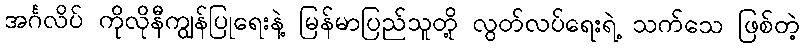
အင်္ဂလိပ် ကိုလိုနီကျွန်ပြုရေးနဲ့ မြန်မာပြည်သူတို့ လွတ်လပ်ရေးရဲ့ သက်သေ ဖြစ်တဲ့